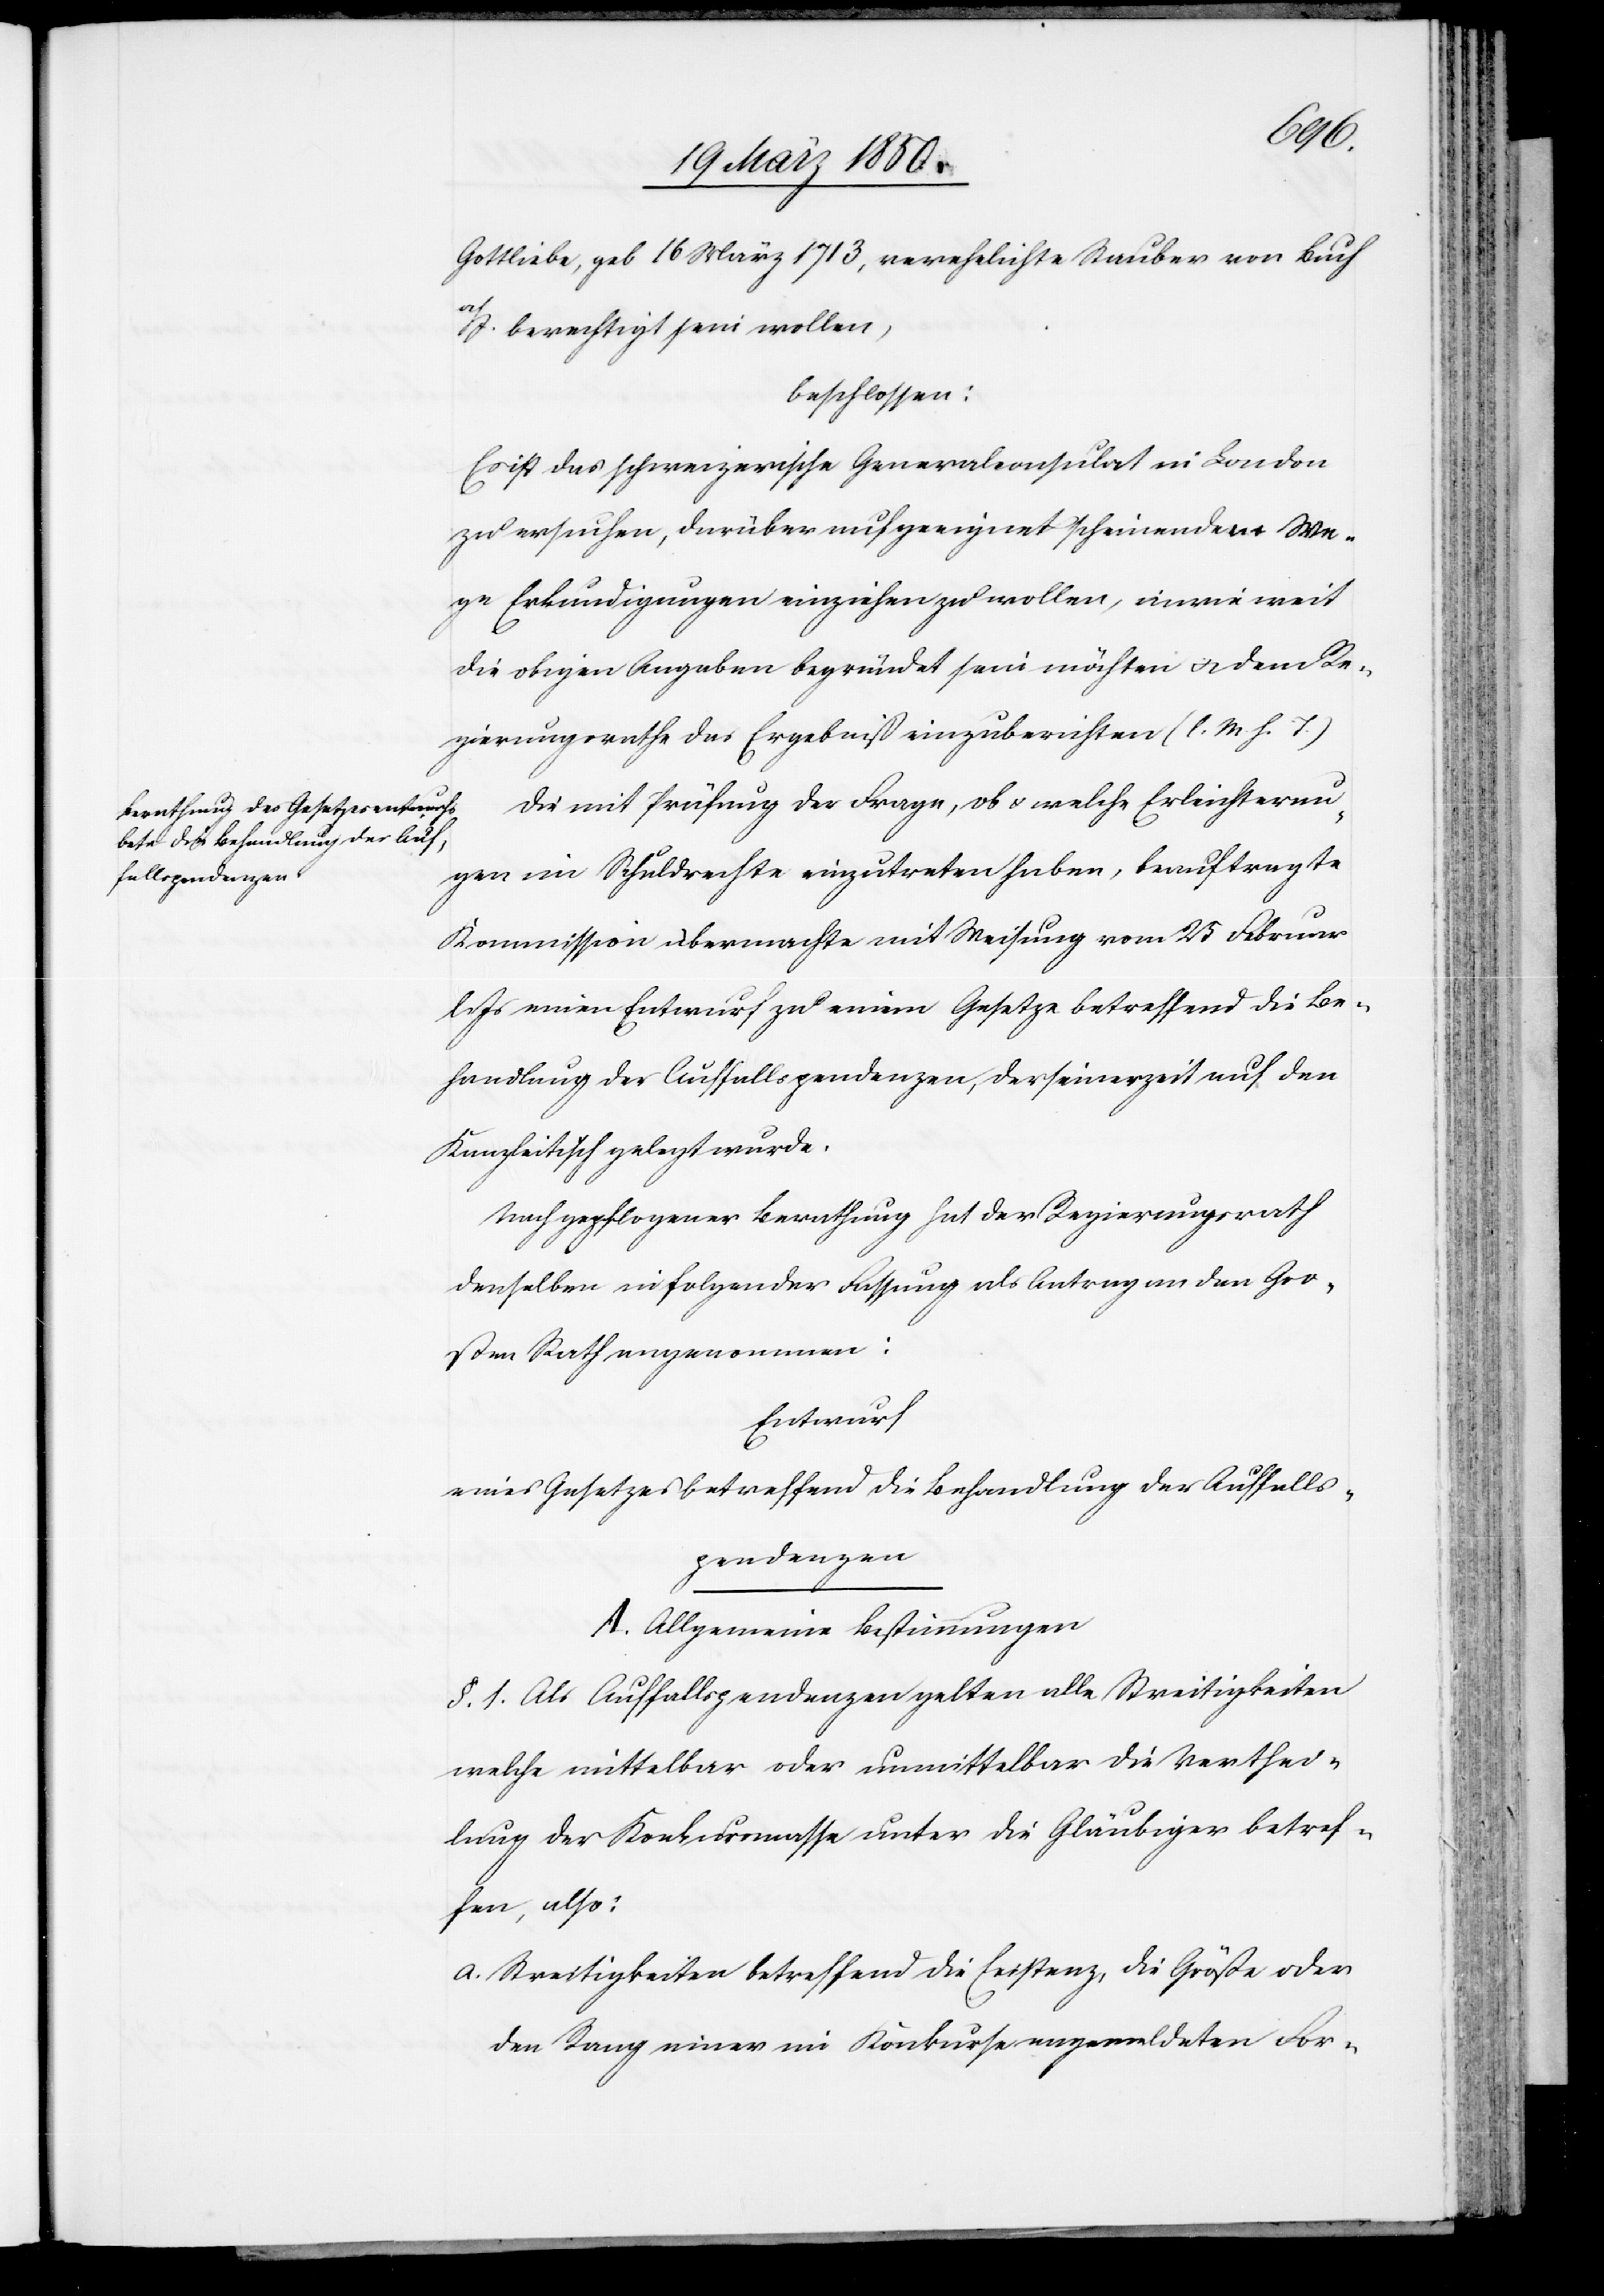
Gottliebe, geb 16 März 1713, verehelichte Stauber von Buch
a/I. berechtig sein wollen,
beschlossen:
Es ist das schweizerische Generalconsulat in London
zu ersuchen, darüber auf geeignet scheinendem We¬
ge Erkundigungen einziehen zu wollen, in wie weit
die obigen Angaben begründet sein möchten u. dem Re¬
gierungsrathe das Ergebniß einzuberichten (l. M. h. T.)
Die mit Prüfung der Frage, ob u. welche Erleichterun¬
gen im Schuldrechte einzutreten haben, beauftragte
Kommission übermachte mit Weisung vom 25 Februar
l. Js einen Entwurf zu einem Gesetze betreffend die Be¬
handlung der Auffallspendenzen, der seinerzeit auf den
Kanzleitisch gelegt wurde.
Nach gepflogener Berathung hat der Regierungsrath
denselben in folgender Fassung als Antrag an den Gro¬
ßen Rath angenommen:
Entwurf
eines Gesetzes betreffend die Behandlung der Auffalls¬
pendenzen
A. Allgemeine Bestimmungen
§. 1. Als Auffallspendenzen gelten alle Streitigkeiten
welche mittelbar oder unmittelbar die Verthei¬
lung der Konkursmasse unter die Gläubiger betref¬
fen, also:
a. Streitigkeiten betreffend die Existenz, die Größe oder
den Rang einer im Konkurse angemeldeten For-